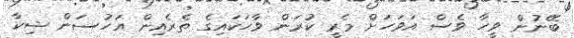
ބޭނުން ވީހާ ވެސް އަވަހަށް މެރީ ކުރަން ވާހަކައިގެ ތެެރެއިން އަހުސަން ޝިކާ